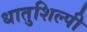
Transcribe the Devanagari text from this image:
धातुशिल्पी